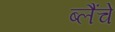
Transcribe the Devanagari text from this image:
ब्लैंचे